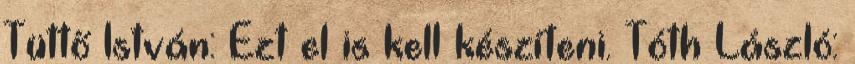
Tüttő István: Ezt el is kell készíteni. Tóth László: